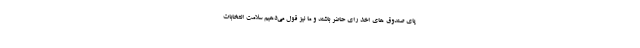
پای صندوق های اخذ رای حاضر باشند و ما نیز قول می‌دهیم سلامت انتخابات